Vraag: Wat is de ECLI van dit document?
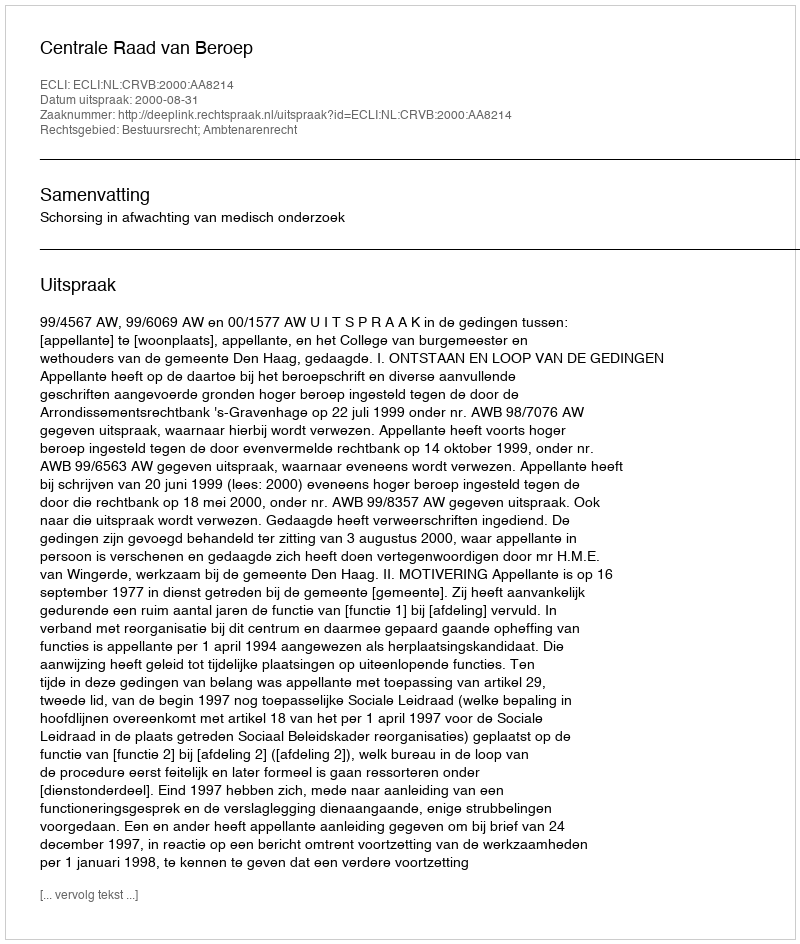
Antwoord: ECLI:NL:CRVB:2000:AA8214